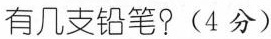
有几支铅笔?(4分)